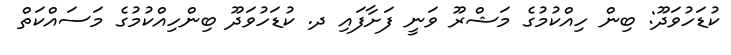
ކުޑަހުވަދޫ: ބިން ހިއްކުމުގެ މަޝްރޫ ވަނީ ފަށާފައި ދ. ކުޑަހުވަދޫ ބިންހިއްކުމުގެ މަސައްކަތް